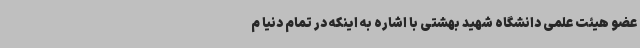
عضو هیئت علمی دانشگاه شهید بهشتی با اشاره به اینکه در تمام دنیا م